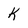
Character: k